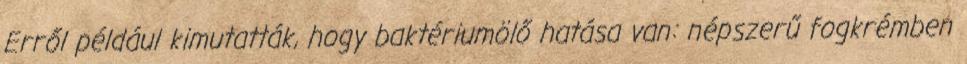
Erről például kimutatták, hogy baktériumölő hatása van: népszerű fogkrémben